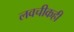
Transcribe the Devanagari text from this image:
लवचीकही